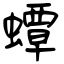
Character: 蟫